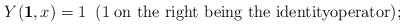
\begin{align*}Y({\bf 1}, x)=1\;\; (1\;\mbox{\rm on the right being the identityoperator});\end{align*}